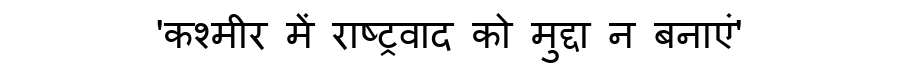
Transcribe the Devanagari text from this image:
'कश्मीर में राष्ट्रवाद को मुद्दा न बनाएं'